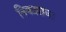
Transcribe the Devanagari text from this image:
निकारावा